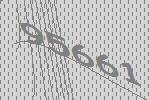
95661